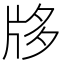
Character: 𤖻